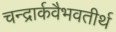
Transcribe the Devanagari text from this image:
चन्द्रार्कवैभवतीर्थ